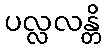
ပလ္လလန္တိ